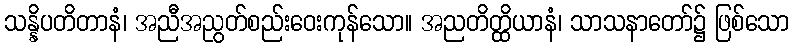
သန္နိပတိတာနံ၊ အညီအညွတ်စည်းဝေးကုန်သော။ အညတိတ္ထိယာနံ၊ သာသနာတော်၌ ဖြစ်သော